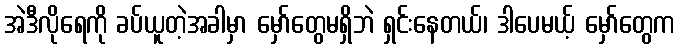
အဲဒီလိုရေကို ခပ်ယူတဲ့အခါမှာ မှော်တွေမရှိဘဲ ရှင်းနေတယ်၊ ဒါပေမယ့် မှော်တွေက